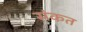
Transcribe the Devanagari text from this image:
संकत